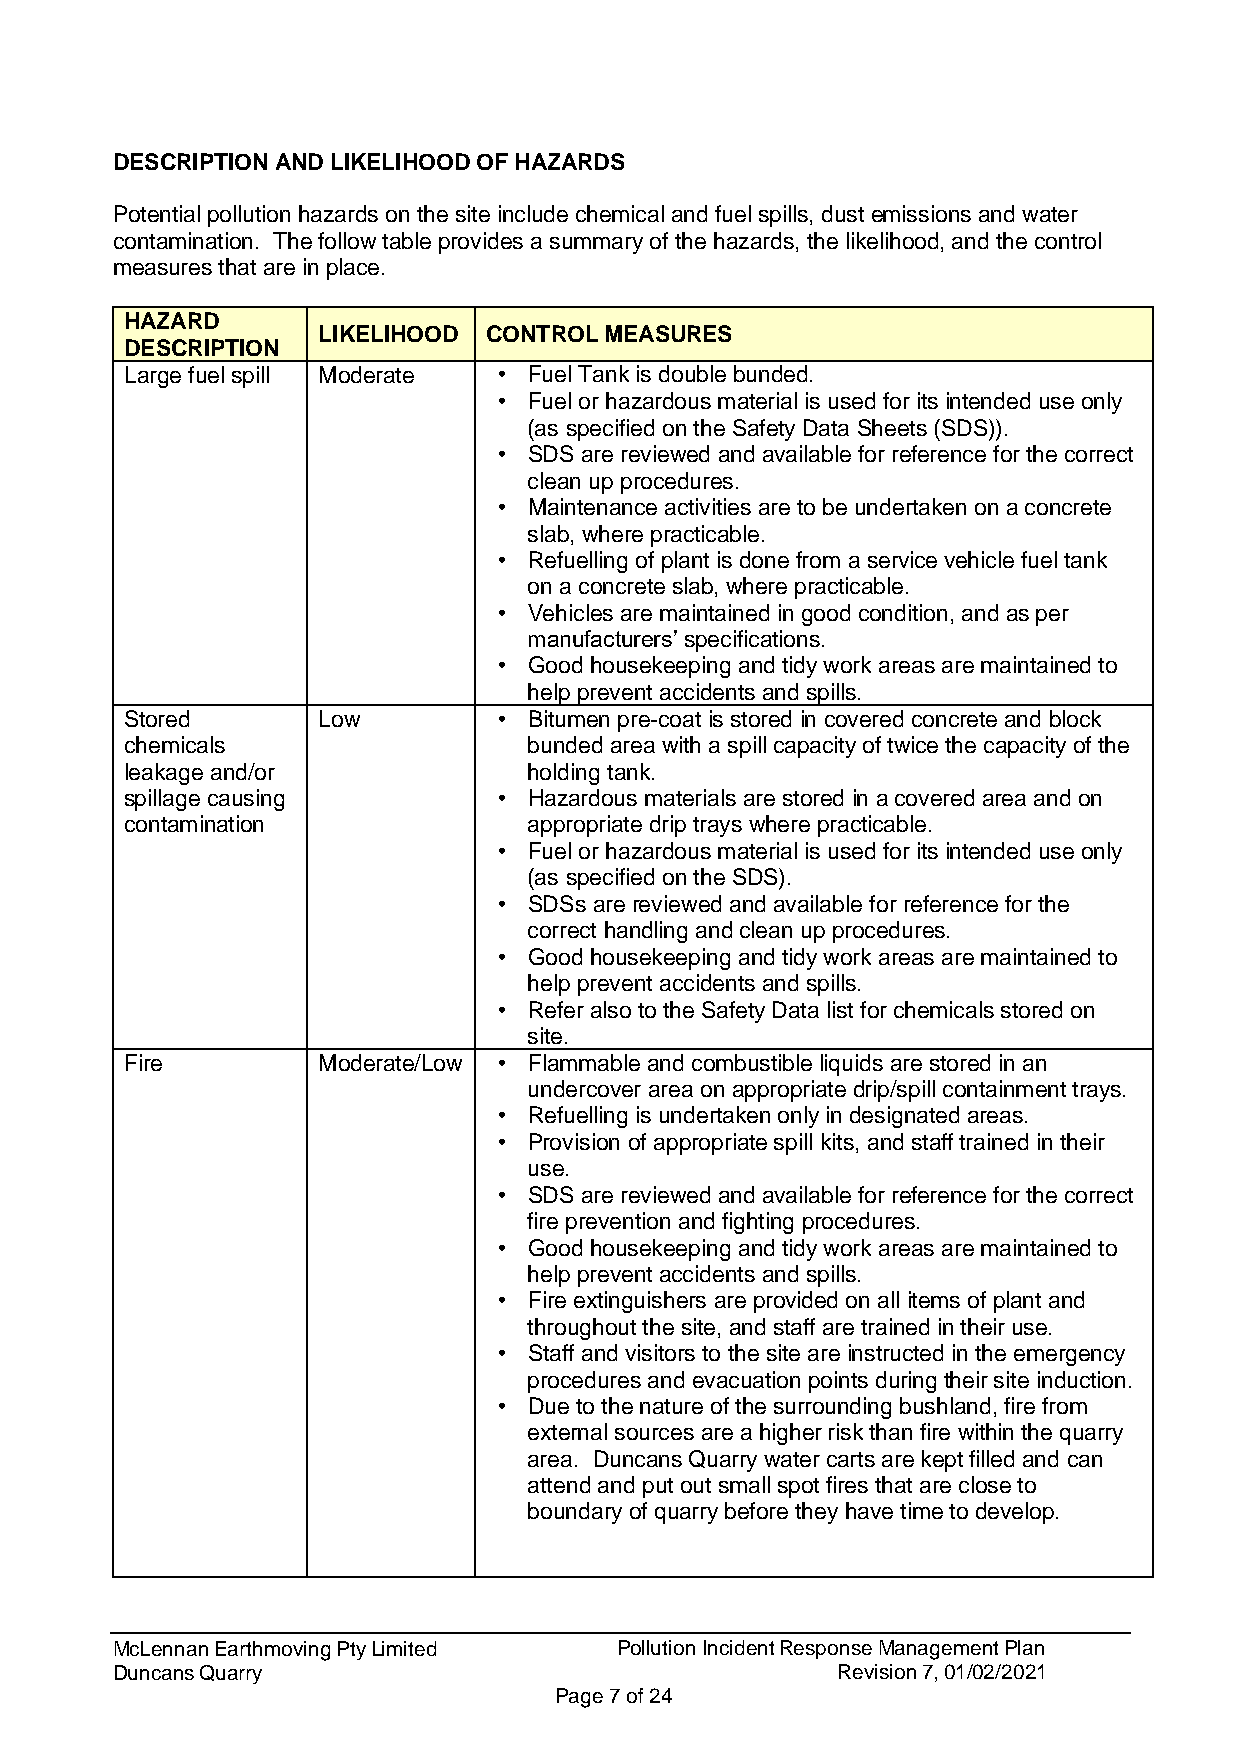
DESCRIPTION AND LIKELIHOOD OF HAZARDS
 Potential pollution hazards on the site include chemical and fuel spills, dust emissions and water
 contamination. The follow table provides a summary of the hazards, the likelihood, and the control
 measures that are in place.
 HAZARD
 LIKELIHOOD CONTROL MEASURES
 DESCRIPTION
 Large fuel spill Moderate • Fuel Tank is double bunded.
 • Fuel or hazardous material is used for its intended use only
 (as specified on the Safety Data Sheets (SDS)).
 • SDS are reviewed and available for reference for the correct
 clean up procedures.
 • Maintenance activities are to be undertaken on a concrete
 slab, where practicable.
 • Refuelling of plant is done from a service vehicle fuel tank
 on a concrete slab, where practicable.
 • Vehicles are maintained in good condition, and as per
 manufacturers’ specifications.
 • Good housekeeping and tidy work areas are maintained to
 help prevent accidents and spills.
 Stored       Low         • Bitumen pre-coat is stored in covered concrete and block
 chemicals                  bunded area with a spill capacity of twice the capacity of the
 leakage and/or             holding tank.
 spillage causing         • Hazardous materials are stored in a covered area and on
 contamination              appropriate drip trays where practicable.
 • Fuel or hazardous material is used for its intended use only
 (as specified on the SDS).
 • SDSs are reviewed and available for reference for the
 correct handling and clean up procedures.
 • Good housekeeping and tidy work areas are maintained to
 help prevent accidents and spills.
 • Refer also to the Safety Data list for chemicals stored on
 site.
 Fire         Moderate/Low • Flammable and combustible liquids are stored in an
 undercover area on appropriate drip/spill containment trays.
 • Refuelling is undertaken only in designated areas.
 • Provision of appropriate spill kits, and staff trained in their
 use.
 • SDS are reviewed and available for reference for the correct
 fire prevention and fighting procedures.
 • Good housekeeping and tidy work areas are maintained to
 help prevent accidents and spills.
 • Fire extinguishers are provided on all items of plant and
 throughout the site, and staff are trained in their use.
 • Staff and visitors to the site are instructed in the emergency
 procedures and evacuation points during their site induction.
 • Due to the nature of the surrounding bushland, fire from
 external sources are a higher risk than fire within the quarry
 area. Duncans Quarry water carts are kept filled and can
 attend and put out small spot fires that are close to
 boundary of quarry before they have time to develop.
 McLennan Earthmoving Pty Limited  Pollution Incident Response Management Plan
 Duncans Quarry                                  Revision 7, 01/02/2021
 Page 7 of 24